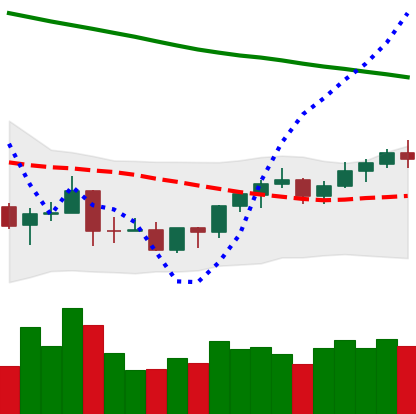
Ticker: BNB-USD
Chart end date: 2022-03-25
Forward return: 7.759%
Label: up_7plus